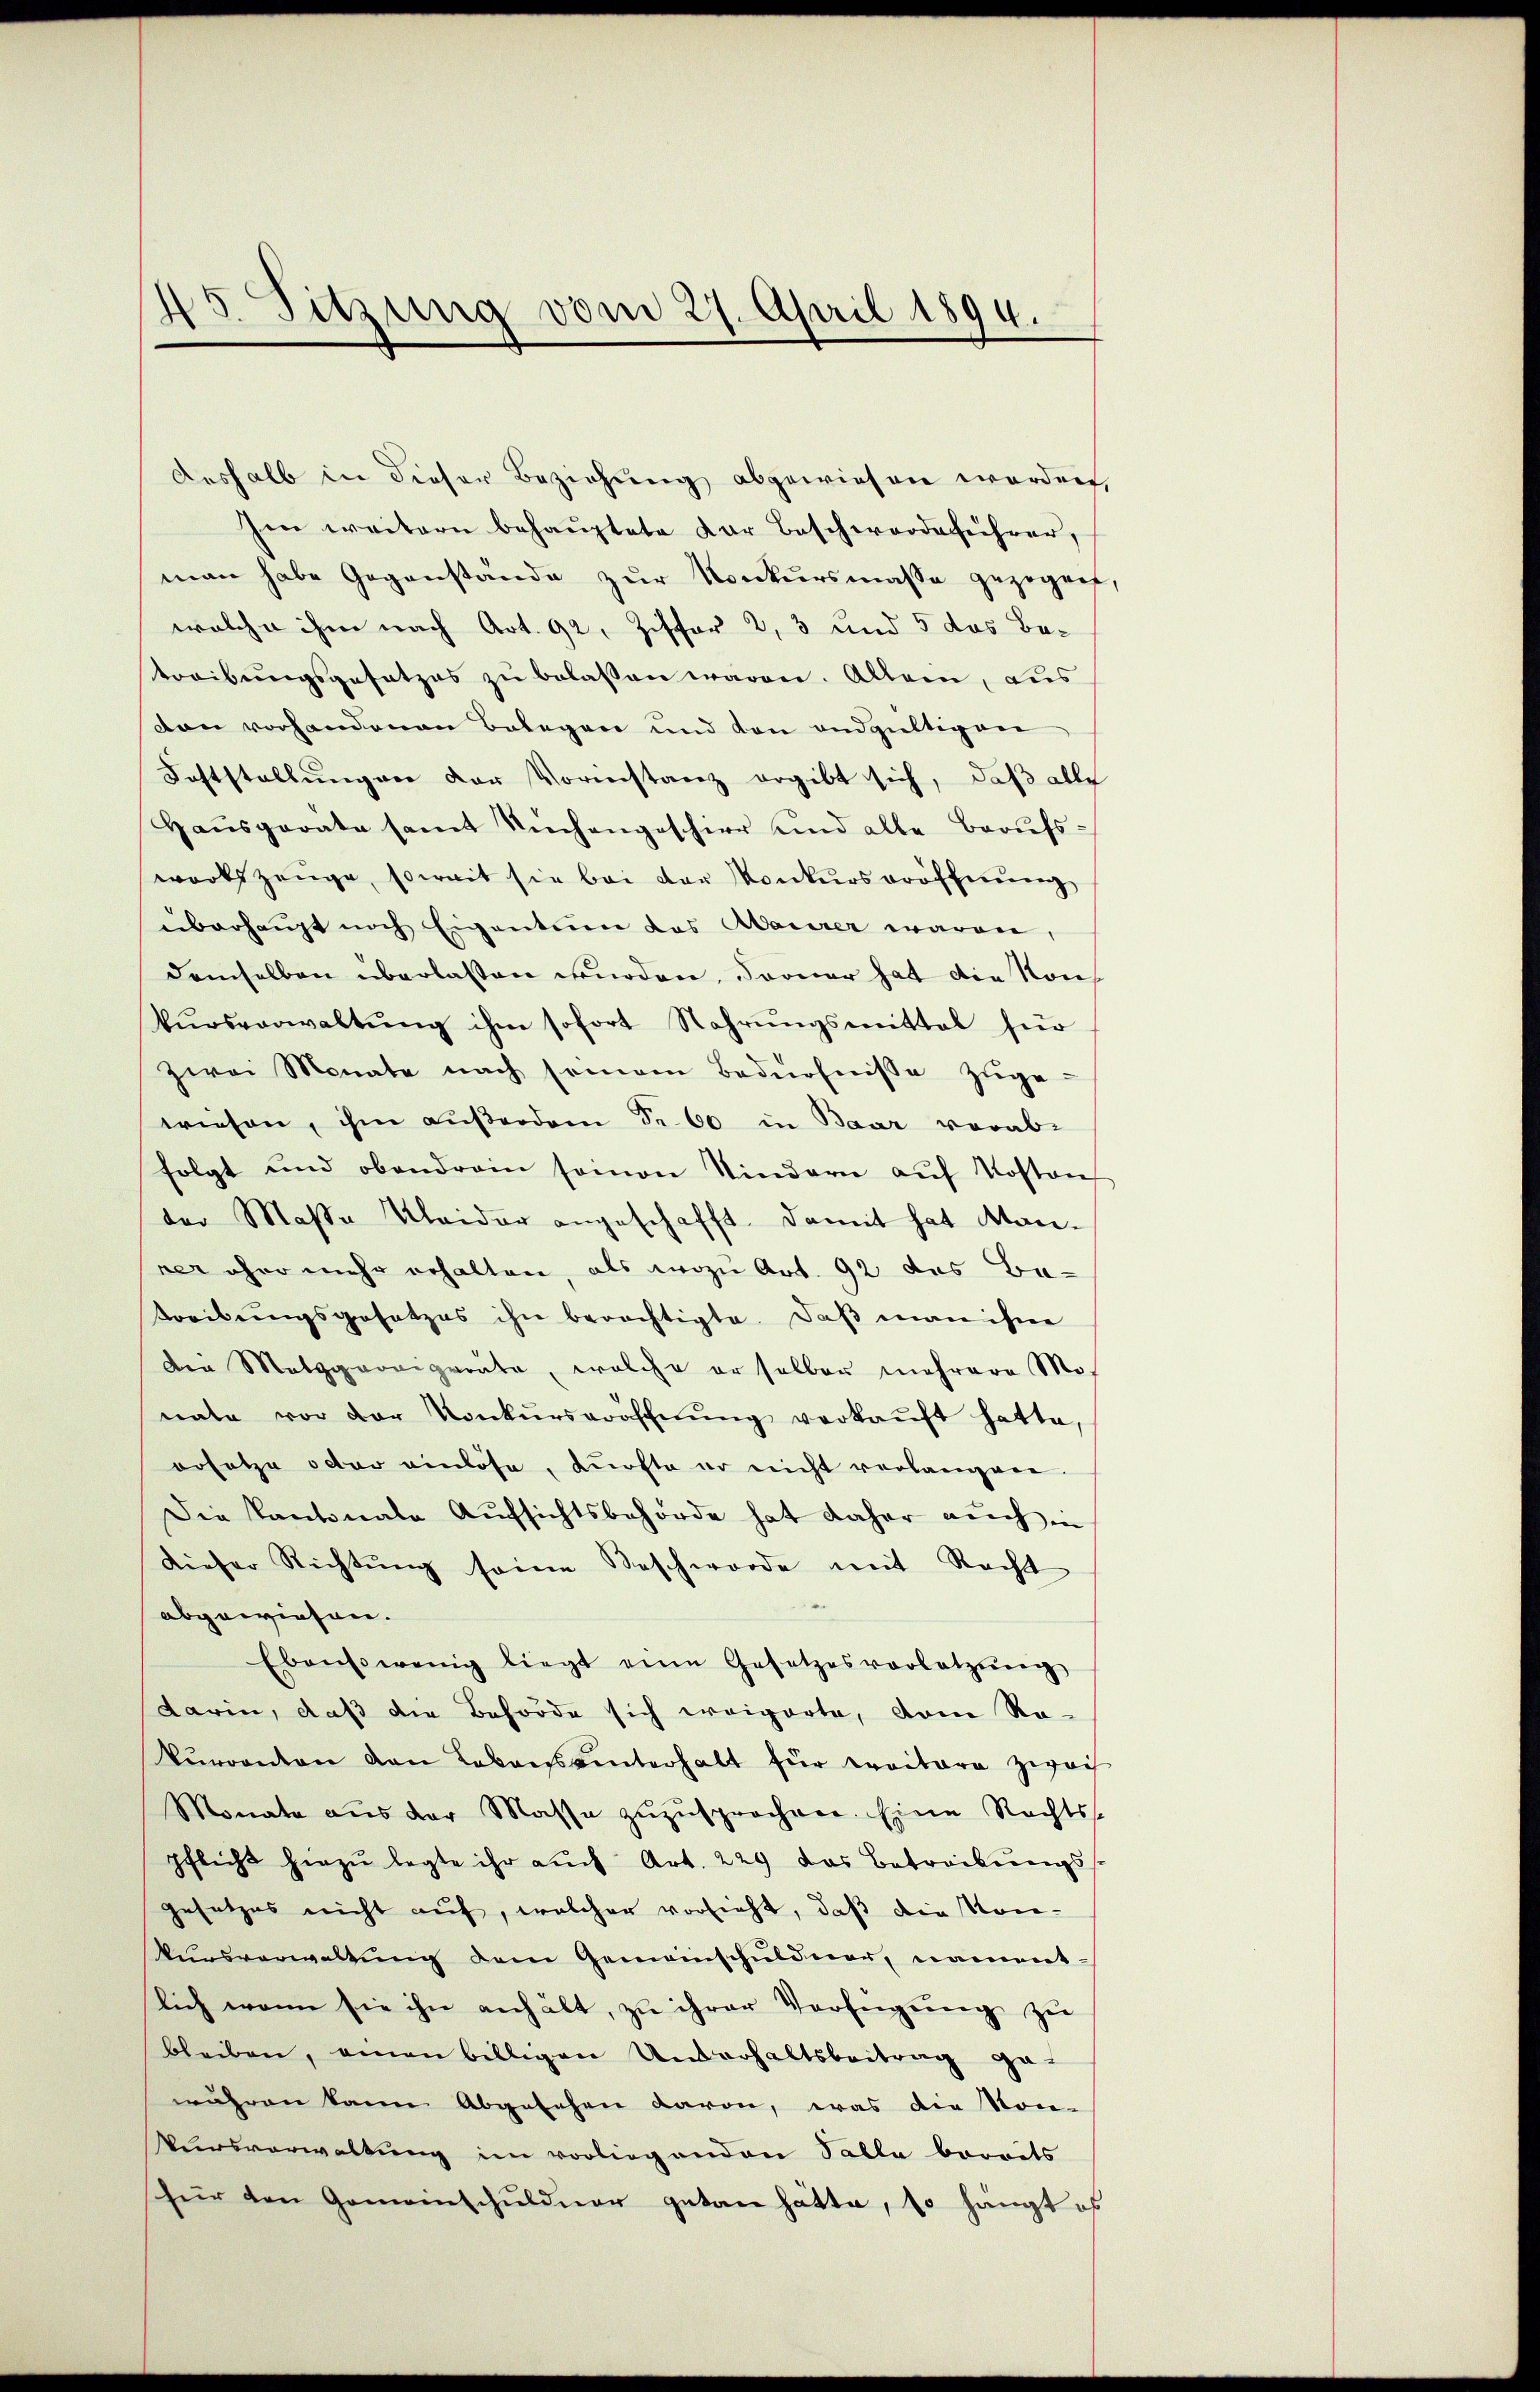
deshalb in dieser Beziehung abgewiesen worden,
Ien weitern behauptete der Beschwerdeführer,
man habe Gegenstände zur Konkursmasse gezogent,
welche ihm nach Art. 92, Ziffer 2, 3 und 5 das Betreibŭngsgesetzes zŭ belaßen waren. Allein, aus
don vorhandenen Belegen und den endgültigen
Feststellungen der Vorinstanz ergibt sich, daß alle
Haŭsparate samt Nüchangeschirr und alle Beaŭfs
workszeuge, soweit sie bei der Konkurseröffnung
überhaupt noch Eigentuen das Aaurer waren,
demselben überlassen wurden, Ferner hat die Kons
kŭrsverwaltŭng ihm sofort Nahrŭngsmittel für
zwei Monate nach soman Bedürfnisse zŭge-
wiesen, ihm außerdem Sr. 60 in Baar vorab-
folgt und obendrain seinen Kindern aŭf Kosten
der Maßa Kleider angeschafft. Damit hat Manner eher mehr erhalten, als wozu Art. 92 des Betreibungsgesetzes ihn berechtigte. Daß man ihne
den Metzgarniggräte, welche er selber mehrere Monate vor der Konkŭrseröfchnŭng verkaŭft hatte,
orsetze octor einlöse, dürfte er nicht verlangen
Die Kantonale Aufsichtsbehörde hat daher auch in
dieser Richtŭng seine Beschworde mit Recht
abgewiesen.
Ebensowenig liegt eine Gesetzesvorletzŭng
darin, daß die Behörde sich weigerte, vom Ro-
kŭrcanton von Lebens interhalt für Traitare zwai
Monate aŭs der Masse zŭzŭsprochen. Eine Rechts-
pflicht hiezŭ legte ihr auch Art. 229 das Betreibungs-
gesetzes nicht auf, welcher vorsieht, daß die Konŭrsverwaltŭng dem Gemeinschuldner, nament-
lich wenn sie ihn anhält, zu ihrer Verfügung zu
bleiben, einen billigen Unterhaltsbeitrag ge-
währen kann abgesehen davon, was die Kon-
Vursverwaltung im vorliegenden Talla bereits
für den Gemeinschuldner getan hätte, so hängt es

25. Sitzung vom 27. April 1894.